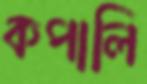
কপালি